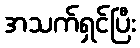
အသက်ရှင်ပြီး